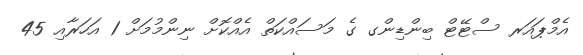
އެމްޕައަރ ސްޓޭޓް ބިންޑިންގ ގެ މަސައްކަތް އެއްކޮށް ނިންމުމަށް 1 އަހަރާއި 45